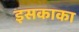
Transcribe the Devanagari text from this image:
इसकाका